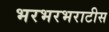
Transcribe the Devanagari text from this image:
भरभरभराटीस